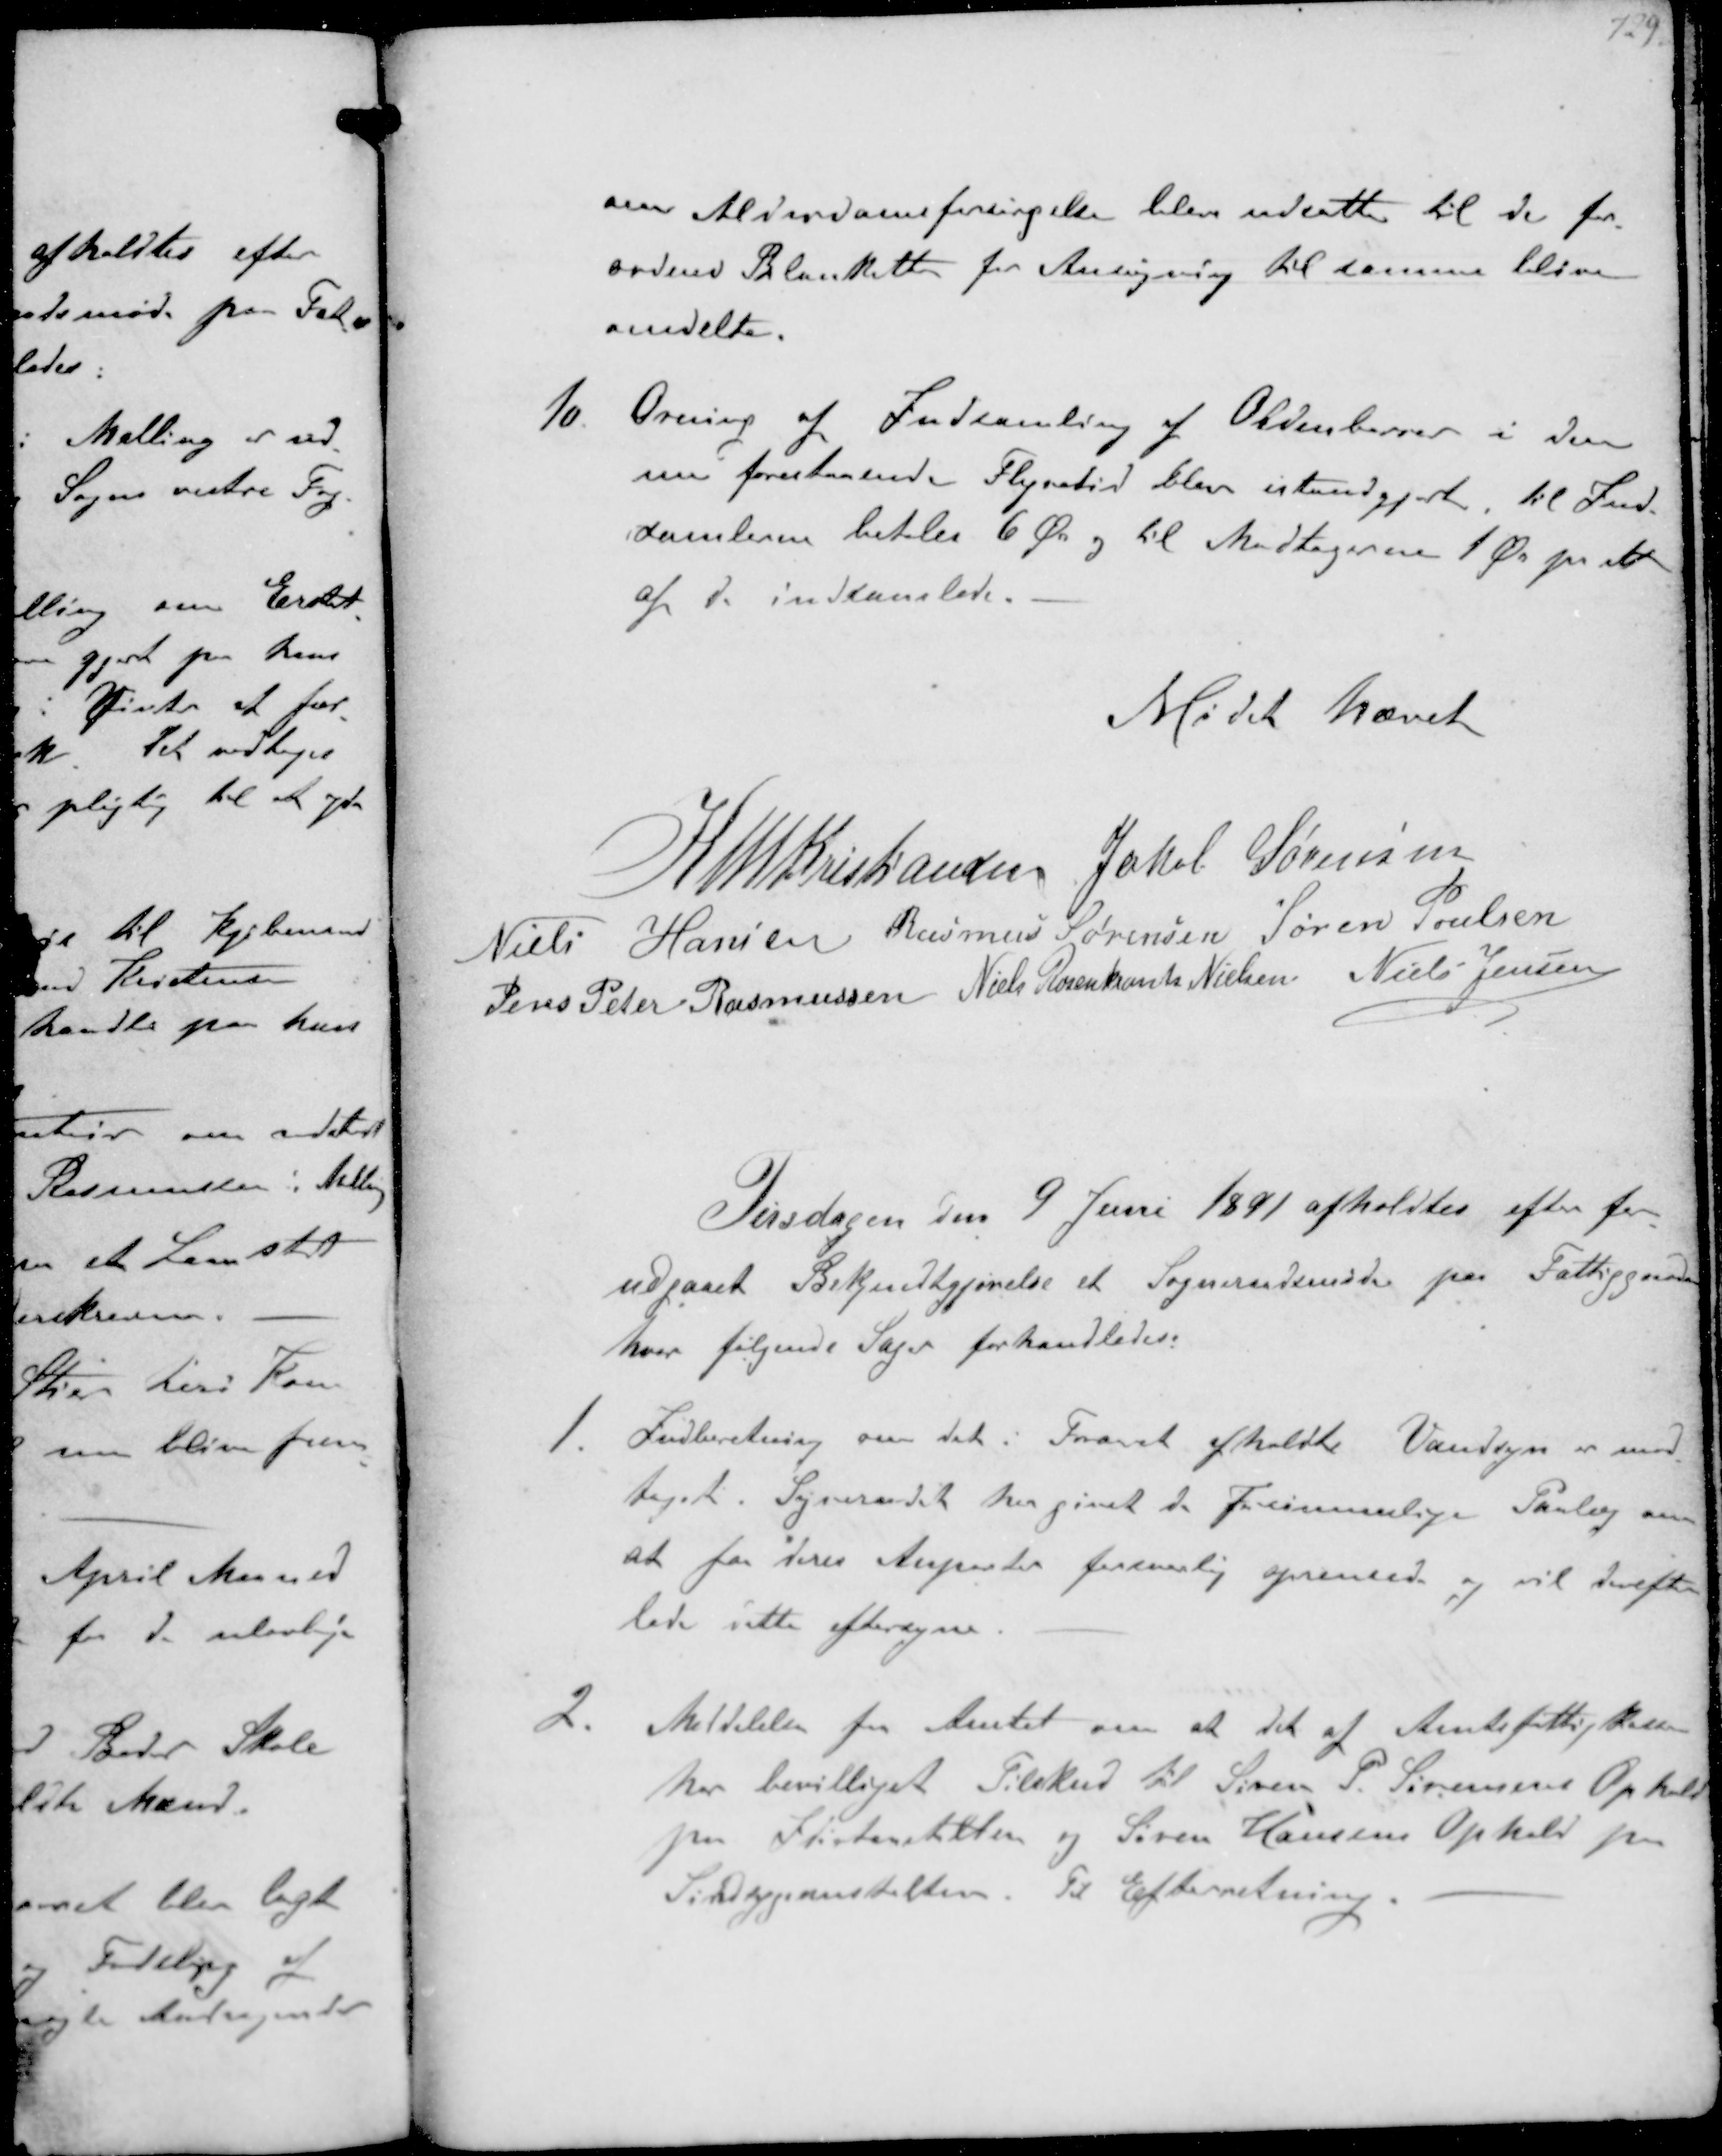
Transskription:
om Alderdomsforsørgelse blev udsatte til de for-
ordned Blanketter fra Ansøgning til samme bleve
omdelte.

10 Orning af Indsamling af Oldenborrer i den
nu forestaaende Flyvetid blev istandgjort til Ind-
samlerne betales 6 Øre og til Modtagerne 1 Ør pr stk
af de indsamlede.

Mødet hævet

K N M Kristansen Jakob Sørensen
Niels Hansen Rasmus Sørensen Søren Poulsen
Jens Peter Rasmussen Niels Rosenkrands Nielsen Niels Jensen

Tirsdagen den 9 Juni 1891 afholdtes efter for-
udgaaet Bekjendtgjørelse et Sogneraadsmøde paa Fattiggaarden
hvor følgende Sager forhandledes:
1. Indberetning om det i Foraaret afholdte Vandsyn er mod-
taget. Sogneraadet her givet 2 Forsømmelige Paalæg om
at faa deres Anparter forsvarlig oprensede og vil derefter
lade dette eftersyne
2.
Meddelelse fra Amtet om at det af Amtsfattigkassen
har bevilliget Tilskud til Søren S. Sørensens Ophold
paa Idiotanstalten og Søren Hansens Ophold paa
Sindsygeanstalten Til Efterretning